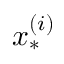
\boldsymbol { x } _ { * } ^ { ( i ) }